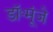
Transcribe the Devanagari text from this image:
डॉ॰मूंजे